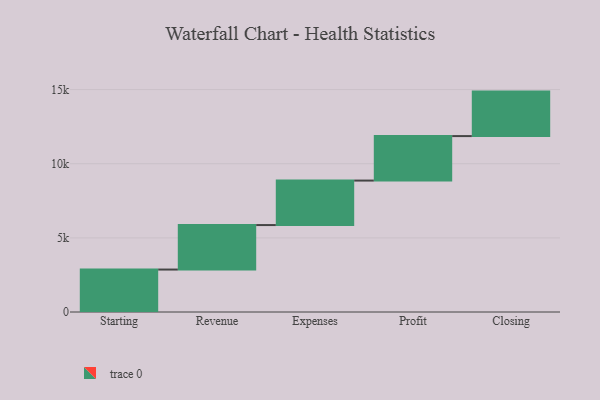
{"axis": {"x": "Step", "y": "Value"}, "legend": [""], "data": [{"x": "Starting", "y": 2863.0, "type": ""}, {"x": "Revenue", "y": 3000, "type": ""}, {"x": "Expenses", "y": 3000, "type": ""}, {"x": "Profit", "y": 3000, "type": ""}, {"x": "Closing", "y": 3000, "type": ""}]}